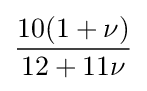
{\frac {10(1+\nu )}{12+11\nu }}